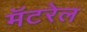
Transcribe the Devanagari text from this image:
मॅटरेल